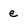
Character: e